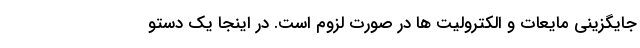
جایگزینی مایعات و الکترولیت ها در صورت لزوم است. در اینجا یک دستو